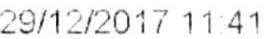
29/12/2017 11:41